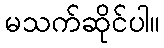
မသက်ဆိုင်ပါ။